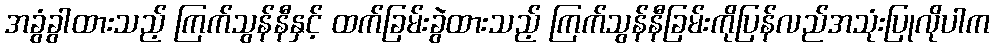
အခွံခွါထားသည့် ကြက်သွန်နီနှင့် ထက်ခြမ်းခွဲထားသည့် ကြက်သွန်နီခြမ်းကိုပြန်လည်အသုံးပြုလိုပါက